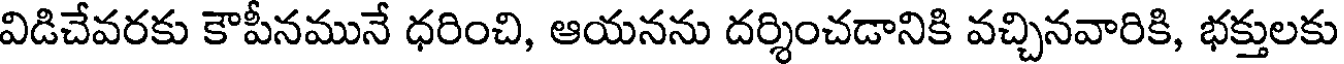
విడిచేవరకు కౌపీనమునే ధరించి, ఆయనను దర్శించడానికి వచ్చినవారికి, భక్తులకు